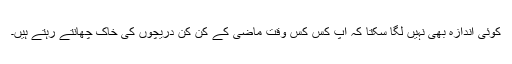
کوئی اندازہ بھی نہیں لگا سکتا کہ آُپ کس کس وقت ماضی کے کن کن دریچوں کی خاک چھانتے رہتے ہیں۔